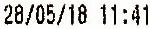
28/05/18 11:41